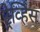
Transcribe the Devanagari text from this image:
ट्रेव्हिस